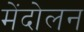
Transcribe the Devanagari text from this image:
मेंदोलन